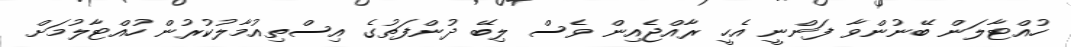
ހުއްޓާލަން ބޭނުންވާ ފަންނީ އެހީ ރާއްޖެއިން ވެސް ލިބޭ ދުންފަތުގެ އިސްތިއުމާލުކުރުން ހުއްޓާލުމަށް